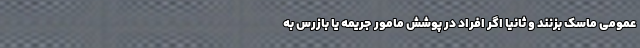
عمومی ماسک بزنند و ثانیا اگر افراد در پوشش مامور جریمه یا بازرس به